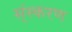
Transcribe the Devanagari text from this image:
स्ंस्करण